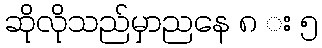
ဆိုလိုသည်မှာညနေ ၈ း ၅